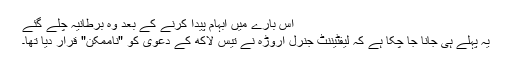
اس بارے میں ابہام پیدا کرنے کے بعد وہ برطانیہ چلے گئے
یہ پہلے ہی جانا جا چکا ہے کہ لیفٹیننٹ جنرل اروڑہ نے تیس لاکھ کے دعویٰ کو "ناممکن" قرار دیا تھا۔